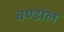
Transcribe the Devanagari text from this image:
बण्डोल